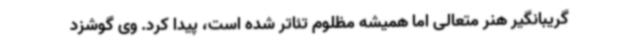
گریبانگیر هنر متعالی اما همیشه مظلوم تئاتر شده است، پیدا کرد. وی گوشزد